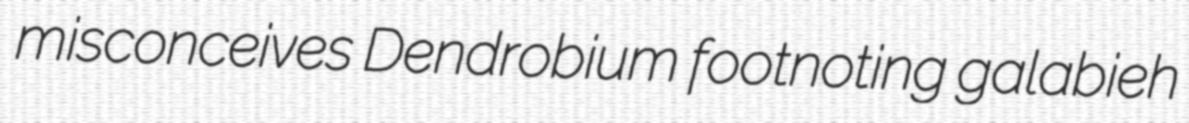
misconceives Dendrobium footnoting galabieh